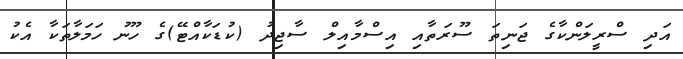
އަދި ސްރީލަންކާގެ ޖަނިތަ ސޫރަތާއި އިސްމާއިލް ސާޖިދު (ކުޑަކާއްޓޭ)ގެ ހޫނު ހަމަލާތަކާ އެކު